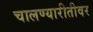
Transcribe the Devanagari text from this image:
चालण्यारीतीवर